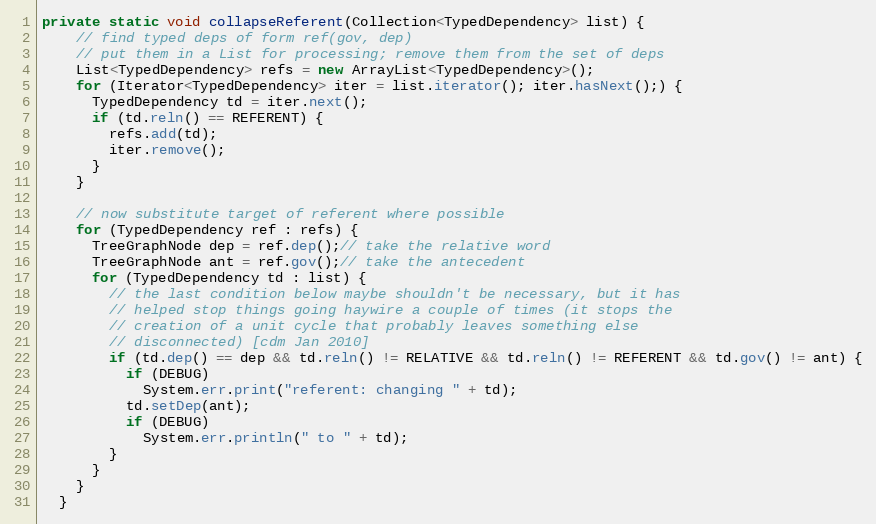
Language: Java
private static void collapseReferent(Collection<TypedDependency> list) {
    // find typed deps of form ref(gov, dep)
    // put them in a List for processing; remove them from the set of deps
    List<TypedDependency> refs = new ArrayList<TypedDependency>();
    for (Iterator<TypedDependency> iter = list.iterator(); iter.hasNext();) {
      TypedDependency td = iter.next();
      if (td.reln() == REFERENT) {
        refs.add(td);
        iter.remove();
      }
    }

    // now substitute target of referent where possible
    for (TypedDependency ref : refs) {
      TreeGraphNode dep = ref.dep();// take the relative word
      TreeGraphNode ant = ref.gov();// take the antecedent
      for (TypedDependency td : list) {
        // the last condition below maybe shouldn't be necessary, but it has
        // helped stop things going haywire a couple of times (it stops the
        // creation of a unit cycle that probably leaves something else
        // disconnected) [cdm Jan 2010]
        if (td.dep() == dep && td.reln() != RELATIVE && td.reln() != REFERENT && td.gov() != ant) {
          if (DEBUG)
            System.err.print("referent: changing " + td);
          td.setDep(ant);
          if (DEBUG)
            System.err.println(" to " + td);
        }
      }
    }
  }